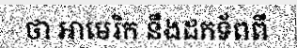
ថា អាមេរិក នឹងដកទ័ពពី